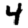
Digit: 4